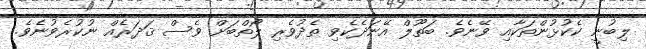
ލިބުނީ ކެކުޅުންތަކާއި ވޭނެވެ. ބަތޫލް އޭނަދެކެވި ތެދުވެރި ލޯތްބަށް ވެސް ޤަދަރެއް ނުކުރެވުނެވެ.